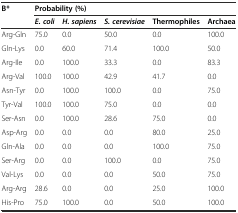
<table><thead><tr><td rowspan="2"><b>B*</b></td><td colspan="5"><b>Probability (%)</b></td></tr><tr><td><b><i>E. coli</i></b></td><td><b><i>H. sapiens</i></b></td><td><b><i>S. cerevisiae</i></b></td><td><b>Thermophiles</b></td><td><b>Archaea</b></td></tr></thead><tbody><tr><td>Arg-Gln</td><td>75.0</td><td>0.0</td><td>50.0</td><td>0.0</td><td>100.0</td></tr><tr><td>Gln-Lys</td><td>0.0</td><td>60.0</td><td>71.4</td><td>100.0</td><td>50.0</td></tr><tr><td>Arg-Ile</td><td>0.0</td><td>100.0</td><td>33.3</td><td>0.0</td><td>83.3</td></tr><tr><td>Arg-Val</td><td>100.0</td><td>100.0</td><td>42.9</td><td>41.7</td><td>0.0</td></tr><tr><td>Asn-Tyr</td><td>0.0</td><td>100.0</td><td>100.0</td><td>0.0</td><td>75.0</td></tr><tr><td>Tyr-Val</td><td>100.0</td><td>100.0</td><td>75.0</td><td>0.0</td><td>0.0</td></tr><tr><td>Ser-Asn</td><td>0.0</td><td>100.0</td><td>28.6</td><td>75.0</td><td>0.0</td></tr><tr><td>Asp-Arg</td><td>0.0</td><td>0.0</td><td>0.0</td><td>80.0</td><td>25.0</td></tr><tr><td>Gln-Ala</td><td>0.0</td><td>0.0</td><td>0.0</td><td>100.0</td><td>75.0</td></tr><tr><td>Ser-Arg</td><td>0.0</td><td>0.0</td><td>100.0</td><td>0.0</td><td>75.0</td></tr><tr><td>Val-Lys</td><td>0.0</td><td>0.0</td><td>0.0</td><td>50.0</td><td>75.0</td></tr><tr><td>Arg-Arg</td><td>28.6</td><td>0.0</td><td>0.0</td><td>25.0</td><td>100.0</td></tr><tr><td>His-Pro</td><td>75.0</td><td>100.0</td><td>0.0</td><td>50.0</td><td>100.0</td></tr></tbody></table>